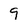
Character: 9